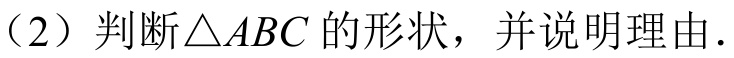
（2）判断\(\triangle ABC\)的形状，并说明理由．